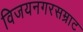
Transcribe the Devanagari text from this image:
विजयनगरसम्राट